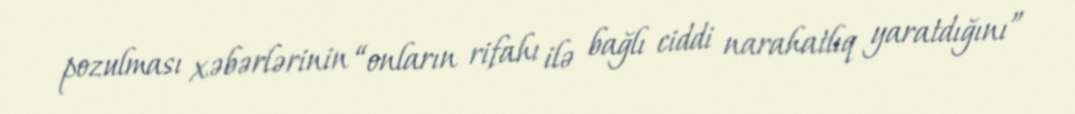
pozulması xəbərlərinin “onların rifahı ilə bağlı ciddi narahatlıq yaratdığını”